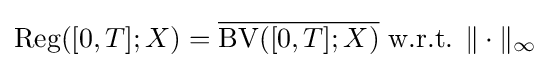
\mathrm {Reg} ([0,T];X)={\overline {\mathrm {BV} ([0,T];X)}}{\mbox{ w.r.t. }}\|\cdot \|_{\infty }